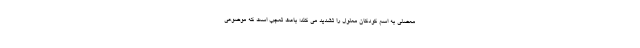
معضلی به اسم کودکان معلول را تشدید می کند؛ باعث تعجب است که موضوعی